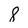
Character: 8